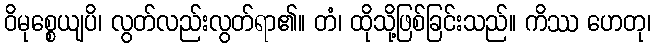
ဝိမုစ္စေယျပိ၊ လွတ်လည်းလွတ်ရာ၏။ တံ၊ ထိုသို့ဖြစ်ခြင်းသည်။ ကိဿ ဟေတု၊